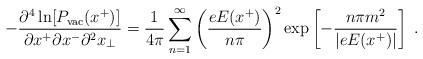
LaTeX: \begin{align*}- {\partial^4 \ln[P_{\rm vac}(x^+)] \over \partial x^+ \partial x^- \partial^2x_{\bot}} = {1 \over 4 \pi} \sum_{n =1}^{\infty} \left({e E(x^+) \over n \pi}\right)^2 \exp\left[- {n \pi m^2 \over \vert e E(x^+)\vert} \right] \; .\end{align*}